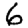
Digit: 6